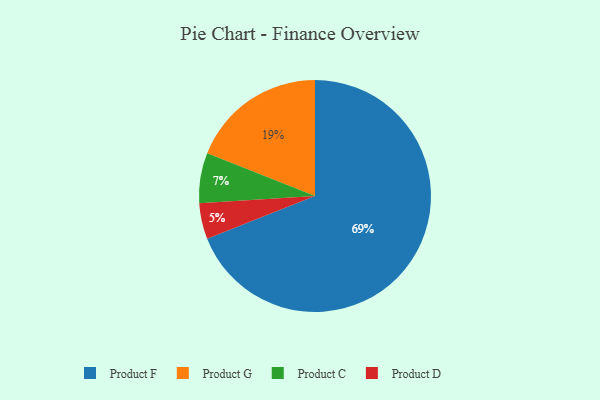
{"axis": {"x": "Category", "y": "Percentage"}, "legend": ["Product C", "Product D", "Product F", "Product G"], "data": [{"x": "Product C", "y": 7, "type": "Product C"}, {"x": "Product G", "y": 19, "type": "Product G"}, {"x": "Product D", "y": 5, "type": "Product D"}, {"x": "Product F", "y": 69, "type": "Product F"}]}